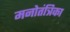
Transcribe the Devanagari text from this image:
मनोतंत्रिका